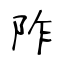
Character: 阼